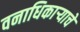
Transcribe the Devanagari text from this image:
वनाधिकार्‍याचे